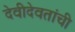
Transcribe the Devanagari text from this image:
देवीदेवतांची